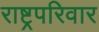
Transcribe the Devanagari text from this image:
राष्ट्रपरिवार